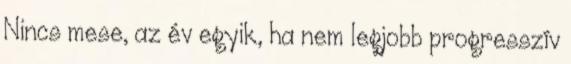
Nincs mese, az év egyik, ha nem legjobb progresszív